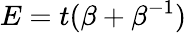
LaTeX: E=t(\beta+\beta^{-1})